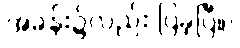
အခန်း၌လည်း ပြခဲ့ပြီ။)